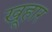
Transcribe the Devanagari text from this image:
खूहार